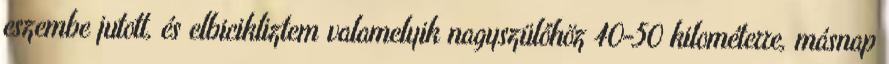
eszembe jutott, és elbicikliztem valamelyik nagyszülőhöz 40-50 kilométerre, másnap